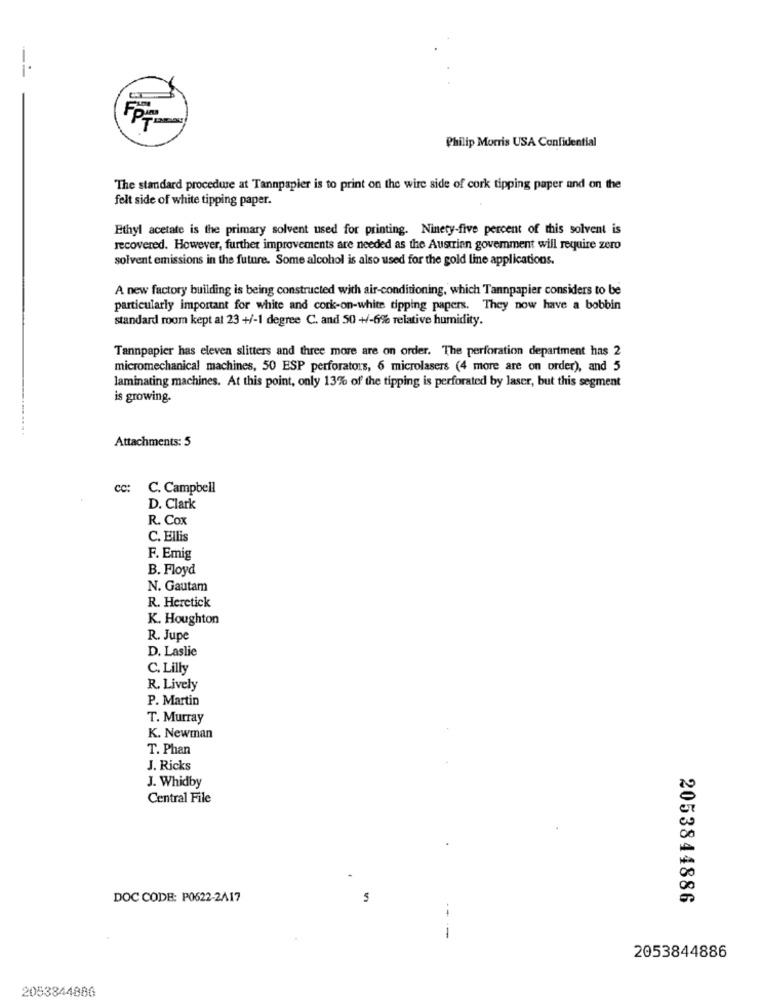
-
Philip Morris USA Confidential
The standard procedure at Tannpapier is to print on the wire side of cork tipping paper and on the
felt side of white tipping paper.
Ethyl acetate is the primary solvent used for printing. Ninety-five percent of this solvent is
recovered. However, further improvements are needed as the Austrian government will require zero
solvent emissions in the future. Some alcohol is also used for the gold line applications.
A new factory building is being constructed with air-conditioning, which Tannpapier considers to be
particularly important for white and cork-on-white tipping papers. They now have a bobbin
standard room kept at 23 +/-1 degree C. and 50 +/-6% relative humidity.
Tannpapier has eleven slitters and three more are on order. The perforation department has 2
micromechanical machines, 50 ESP perforators, 6 microlasers (4 more are on order), and 5
laminating machines. At this point, only 13% of the tipping is perforated by laser, but this segment
is growing.
Attachments: 5
CC:
C. Campbell
D. Clark
R. Cox
C. Ellis
F. Emig
B. Floyd
N. Gautam
R. Heretick
K. Houghton
R. Jupe
D. Laslie
C. Lilly
R. Lively
P. Martin
T. Murray
K. Newman
T. Phan
J. Ricks
J. Whidby
Central File
00
00
DOC CODE: P0622-2417
2053844886
2053844886
2053844886